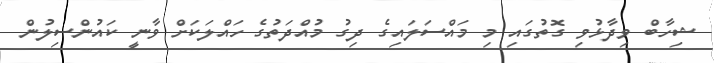
ޝިހާބް ވިދާޅުވި ގޮތުގައި މި މައްސަލައިގެ ދިގު މުއްދަތުގެ ހައްލަކަށް ވާނީ ކައުންސިލުން